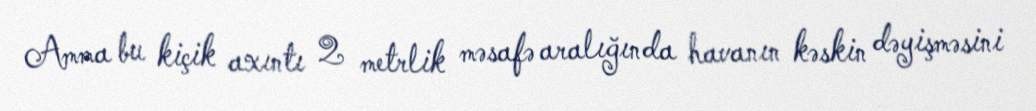
Amma bu kiçik axıntı 2 metrlik məsafə aralığında havanın kəskin dəyişməsini